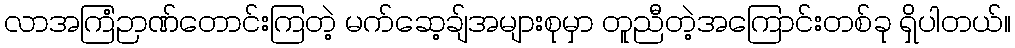
လာအကြံဉာဏ်တောင်းကြတဲ့ မက်ဆေ့ချ်အများစုမှာ တူညီတဲ့အကြောင်းတစ်ခု ရှိပါတယ်။